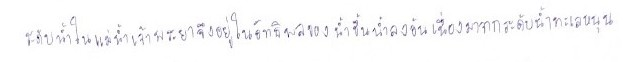
ระดับน้ำในแม่น้ำเจ้าพระยาจึงอยู่ในอิทธิพลของน้ำขึ้นน้ำลงอันเนื่องมาจากระดับน้ำทะเลหนุน